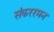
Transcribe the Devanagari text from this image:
संकररमन